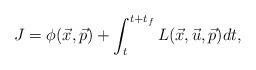
LaTeX: \begin{align*}J=\phi(\vec{x},\vec{p})+\int_t^{t+t_f}L(\vec{x},\vec{u},\vec{p})dt,\end{align*}